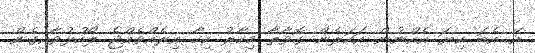
އޭ އެބަ ކިޔަ އެއްނުން އަހަރެން ގޮވާތާ މިހާރު ކިހާ އިރެއްވެއްޖެ ލޯހުޅުވާއިގެން